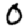
Digit: 0